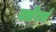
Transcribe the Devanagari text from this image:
क्लैबर्स